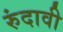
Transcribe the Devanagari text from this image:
रुंदावी